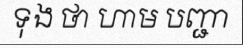
ទុង ថា ហាម បញ្ជា